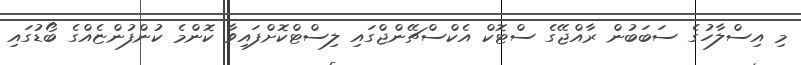
މި އިސްލާހުގެ ސަބަބުން ރާއްޖޭގެ ސްޓޮކް އެކްސްޗޭންޖްގައި ލިސްޓްކޮށްފައިވާ ކޮންމެ ކުންފުންޏެއްގެ ބޯޑުގައި